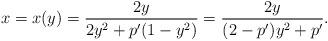
LaTeX: \begin{align*}x=x(y)=\frac{2y}{2y^2+p'(1-y^2)}=\frac{2y}{(2-p')y^2+p'}.\end{align*}